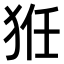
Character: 𤞘